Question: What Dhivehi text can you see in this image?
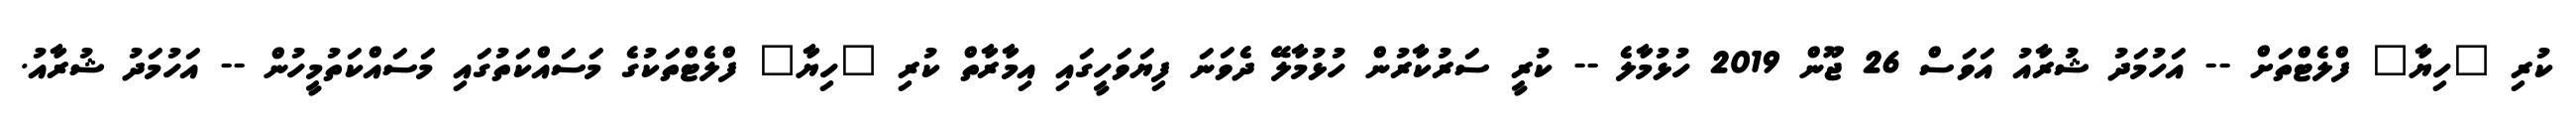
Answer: ކުރި "ހިޔާ" ފްލެޓްތަށް -- އަހުމަދު ޝުރާއު އަވަސް 26 ޖޫން 2019 ހުޅުމާލެ -- ކުރީ ސަރުކާރުން ހުޅުމާލޭ ދެވަނަ ފިޔަވަހީގައި އިމާރާތް ކުރި "ހިޔާ" ފްލެޓްތަކުގެ މަސައްކަތުގައި މަސައްކަތުމީހުން -- އަހުމަދު ޝުރާއު.